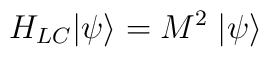
H_{LC} |\psi \rangle = M^2 \; |\psi \rangle